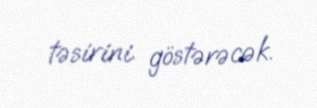
təsirini göstərəcək.